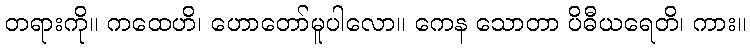
တရားကို။ ကထေဟိ၊ ဟောတော်မူပါလော။ ကေန သောတာ ပိဓီယရေတိ၊ ကား။